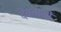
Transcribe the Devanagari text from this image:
देवताओं